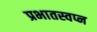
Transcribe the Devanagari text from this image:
प्रभातस्वप्न